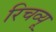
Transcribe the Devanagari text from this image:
रिचव्यू